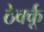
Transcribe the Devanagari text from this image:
ठेर्क्कू